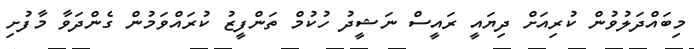
މިބައްދަލުވުން ކުރިއަށް ދިޔައީ ރައީސް ނަޝީދު ހުކުމް ތަންފީޒު ކުރައްވަމުން ގެންދަވާ މާފުށި